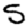
Digit: 5